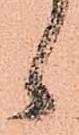
候